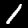
Label: 1